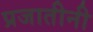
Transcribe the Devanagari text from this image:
प्रजातीनी